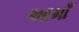
આમાઁ